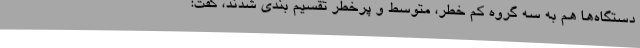
دستگاه‌ها هم به سه گروه کم خطر، متوسط و پرخطر تقسیم بندی شدند، گفت: